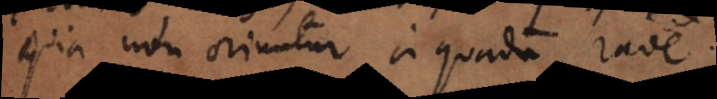
quia non oriuntur a quadam ra